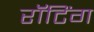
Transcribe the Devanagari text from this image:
रॉटिंग